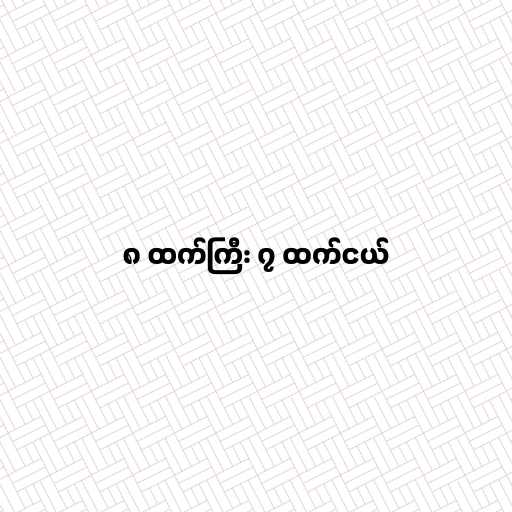
၈ ထက်ကြီး ၇ ထက်ငယ်